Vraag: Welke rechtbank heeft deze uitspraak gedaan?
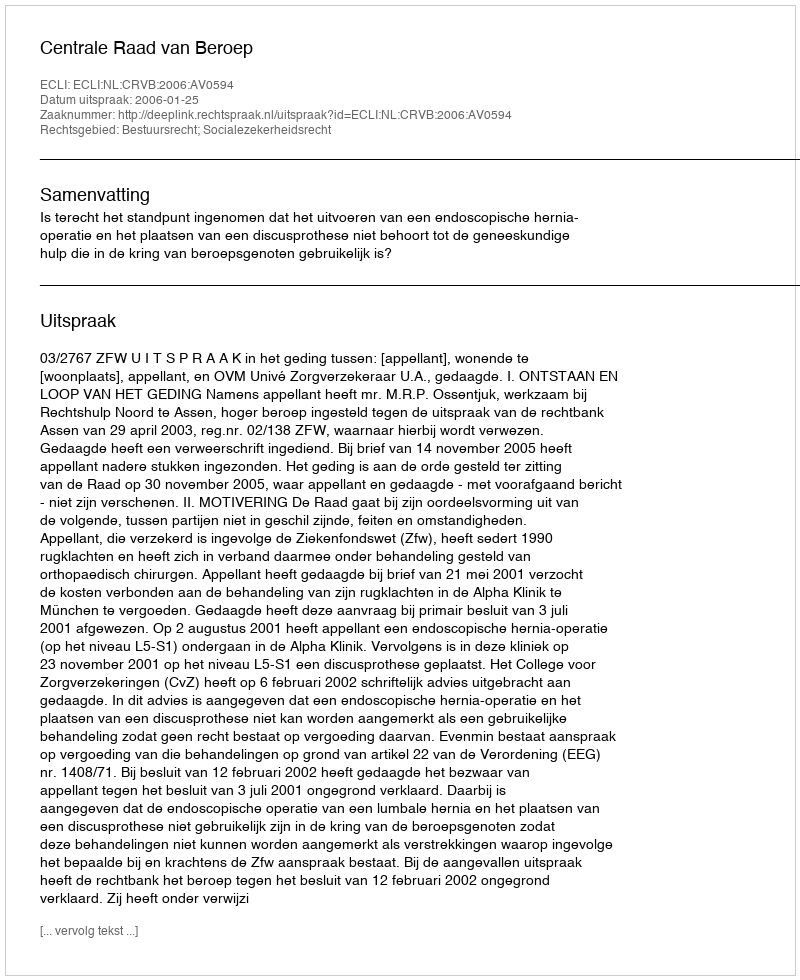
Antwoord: Centrale Raad van Beroep